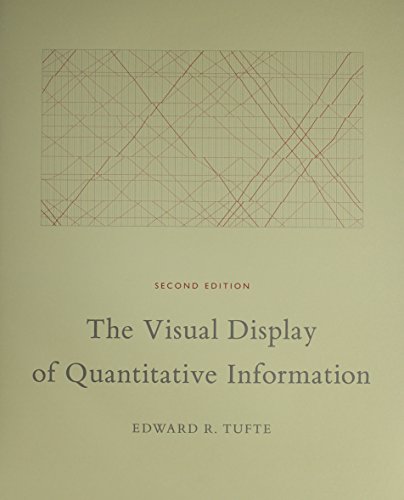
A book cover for The Visual Display of Quantitative Information; Edward R. Tufte; Arts & Photography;